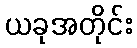
ယခုအတိုင်း